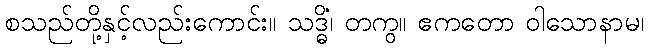
စသည်တို့နှင့်လည်းကောင်း။ သဒ္ဓိံ၊ တကွ။ ဧကတော ဝါသောနာမ၊